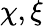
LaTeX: \chi,\xi